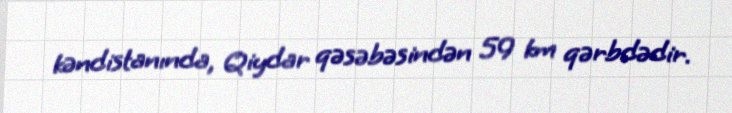
kəndistanında, Qiydar qəsəbəsindən 59 km qərbdədir.